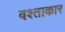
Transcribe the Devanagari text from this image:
वश्ताकार